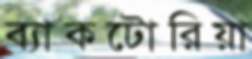
ব্যাকটোরিয়া